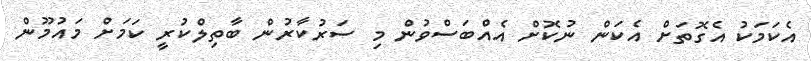
އެކަމަކު އެގޮތަށް އެކަން ނުކޮށް އެއްބަަސްވުން މި ސަރުކާރުން ބާތިލްކުރީ ކަމަށް މައުމޫން